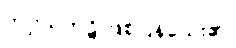
ကပ္ပိယကုဋိ ဖြစ်ပြန်သေး၏၊